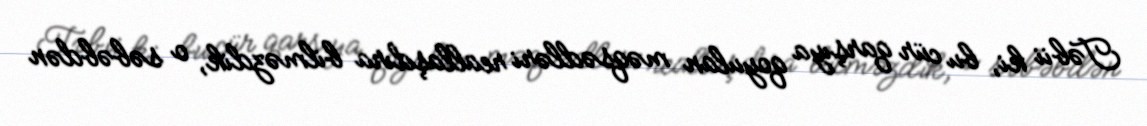
Təbii ki, bu cür qarşıya qoyulan məqsədləri reallaşdıra bilməzdik, o səbəbdən